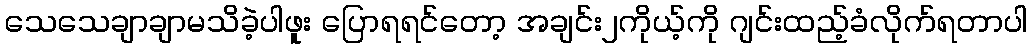
သေသေချာချာမသိခဲ့ပါဖူး ပြောရရင်တော့ အချင်း၂ကိုယ့်ကို ဂျင်းထည့်ခံလိုက်ရတာပါ